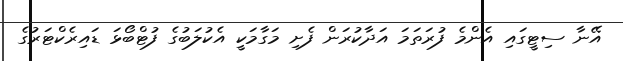
އޭނާ ސިޓީގައި އެންމެ ފުރަތަމަ އަދާކުރަން ފެށި މަގާމަކީ އެކުލަބުގެ ފުޓްބޯޅަ ޑައިރެކްޓަރުގެ